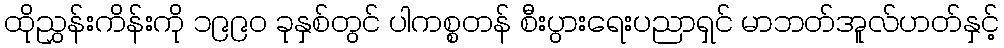
ထိုညွှန်းကိန်းကို ၁၉၉၀ ခုနှစ်တွင် ပါကစ္စတန် စီးပွားရေးပညာရှင် မာဘတ်အူလ်ဟတ်နှင့်